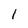
Character: 1